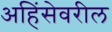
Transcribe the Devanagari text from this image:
अहिंसेवरील